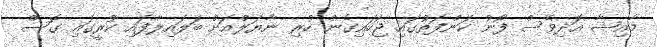
މާއިޝާ އަދިވެސް ފޯނު ކަންފަތުގައި ޖަހައިގެން ހުރި ނާޔަލްއަށް ބަލައިލާފައި ކުރީގައި ގޮސް